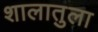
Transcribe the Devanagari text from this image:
शालातुला